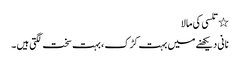
٭ تلسی کی مالا
نانی دیکھنے میں بہت کڑک ، بہت سخت لگتی ہیں ۔